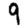
Digit: 9